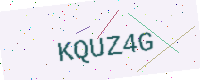
Text: KQUZ4G